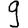
Digit: 9